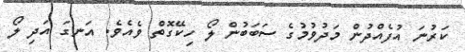
ކަރުނަ އުފެއްދުން މަދުވުމުގެ ސަބަބުން ލޯ ހިކޭގޮތް ވެއެވެ. އަނގަ އަދި ލޯ